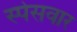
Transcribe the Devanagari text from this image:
स्पेसवार